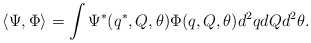
\begin{align*}\langle \Psi, \Phi \rangle = \int \Psi^*(q^*, Q, \theta) \Phi(q, Q,\theta) d^2 q dQ d^2 \theta. \end{align*}